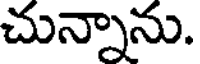
చున్నాను.